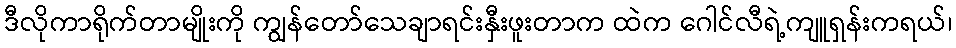
ဒီလိုကာရိုက်တာမျိုးကို ကျွန်တော်သေချာရင်းနှီးဖူးတာက ထဲက ဂေါင်လီရဲ့ကျူရှန်းကရယ်၊